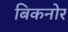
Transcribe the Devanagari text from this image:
बिकनोर